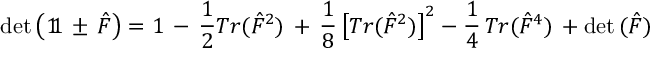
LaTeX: \mathrm { d e t } \left( 1 \! \! 1 \, \pm \, \hat { F } \right) = 1 \, - \, \frac { 1 } { 2 } T r ( \hat { F } ^ { 2 } ) \, + \, \frac { 1 } { 8 } \left[ T r ( \hat { F } ^ { 2 } ) \right] ^ { 2 } - \frac { 1 } { 4 } \, T r ( \hat { F } ^ { 4 } ) \, + \mathrm { d e t } \, ( \hat { F } )